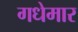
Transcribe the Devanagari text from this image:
गधेमार